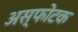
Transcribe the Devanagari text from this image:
अस्फोटक